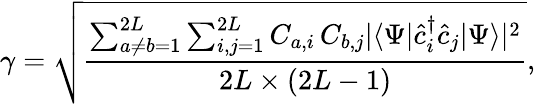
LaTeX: \gamma=\sqrt{\frac{\sum_{a\neq b=1}^{2L}\sum_{i,j=1}^{2L}C_{a,i}\, C_{b,j}|\langle\Psi|\hat{c}_{i}^{\dagger}\hat{c}_{j}|\Psi\rangle|^{2}}{2L\times(2L-1)}},